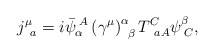
\begin{align*}j_{\;\;a}^{\mu }=i\bar{\psi}_{\alpha }^{\;A}\left( \gamma ^{\mu }\right)_{\;\;\beta }^{\alpha }T_{\;\;aA}^{C}\psi _{\;C}^{\beta }, \end{align*}